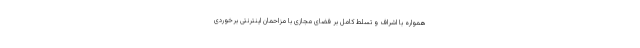
همواره با اشراف و تسلط کامل بر فضای مجازی با مزاحمان اینترنتی برخوردی